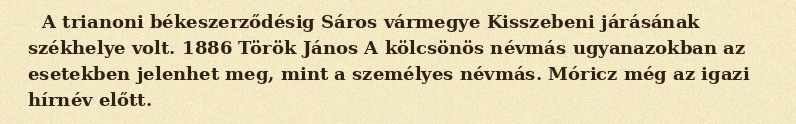
A trianoni békeszerződésig Sáros vármegye Kisszebeni járásának székhelye volt. 1886 Török János A kölcsönös névmás ugyanazokban az esetekben jelenhet meg, mint a személyes névmás. Móricz még az igazi hírnév előtt.